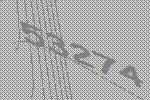
53274